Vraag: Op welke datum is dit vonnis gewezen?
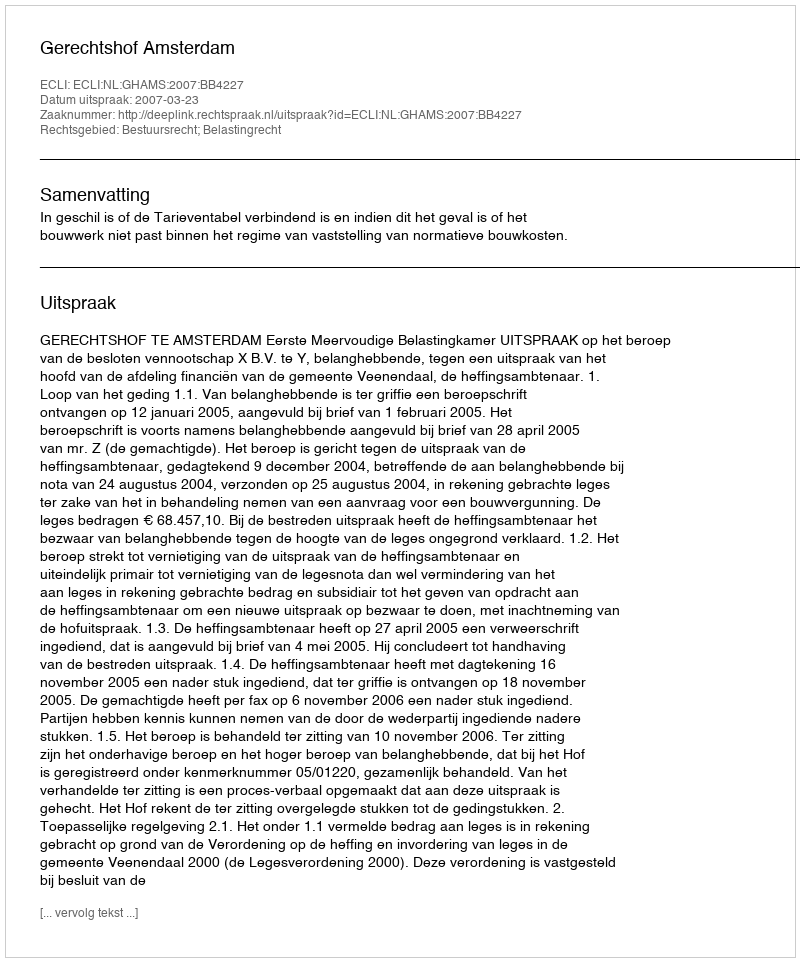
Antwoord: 2007-03-23